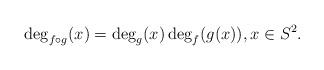
LaTeX: \begin{align*} \deg_{f\circ g}(x) = \deg_g(x)\deg_f(g(x)), x\in S^2.\end{align*}